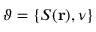
\vartheta = \{ S ( \mathbf { r } ) , \nu \}